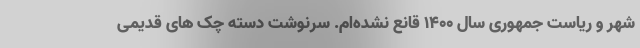
شهر و ریاست جمهوری سال ۱۴۰۰ قانع نشده‌ام. سرنوشت دسته چک های قدیمی